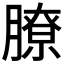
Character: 膫